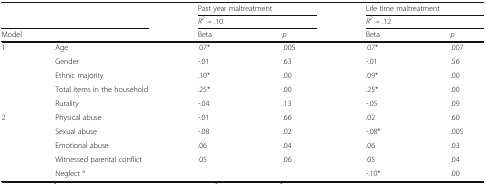
<table><thead><tr><td rowspan="2" colspan="2"></td><td colspan="2"><b>Past year maltreatment</b></td><td colspan="2"><b>Life time maltreatment</b></td></tr><tr><td colspan="2"><b><i>R</i><sup><i>2</i></sup> <i>=</i> .10</b></td><td colspan="2"><b><i>R</i><sup><i>2</i></sup> <i>=</i> .12</b></td></tr><tr><td colspan="2"><b>Model</b></td><td><b>Beta</b></td><td><b><i>p</i></b></td><td><b>Beta</b></td><td><b><i>p</i></b></td></tr></thead><tbody><tr><td rowspan="5">1</td><td>Age</td><td>.07*</td><td>.005</td><td>.07*</td><td>.007</td></tr><tr><td>Gender</td><td>-.01</td><td>.63</td><td>-.01</td><td>.56</td></tr><tr><td>Ethnic majority</td><td>.10*</td><td>.00</td><td>.09*</td><td>.00</td></tr><tr><td>Total items in the household</td><td>.25*</td><td>.00</td><td>.25*</td><td>.00</td></tr><tr><td>Rurality</td><td>-.04</td><td>.13</td><td>-.05</td><td>.09</td></tr><tr><td rowspan="5">2</td><td>Physical abuse</td><td>-.01</td><td>.66</td><td>.02</td><td>.60</td></tr><tr><td>Sexual abuse</td><td>-.08</td><td>.02</td><td>-.08*</td><td>.005</td></tr><tr><td>Emotional abuse</td><td>.06</td><td>.04</td><td>.06</td><td>.03</td></tr><tr><td>Witnessed parental conflict</td><td>.05</td><td>.06</td><td>.05</td><td>.04</td></tr><tr><td>Neglect <sup>a</sup></td><td></td><td></td><td>-.10*</td><td>.00</td></tr></tbody></table>